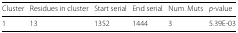
<table><thead><tr><td><b>Cluster</b></td><td><b>Residues in cluster</b></td><td><b>Start serial</b></td><td><b>End serial</b></td><td><b>Num. Muts</b></td><td><b><i>p</i>-value</b></td></tr></thead><tbody><tr><td>1</td><td>13</td><td>1352</td><td>1444</td><td>3</td><td>5.39E-03</td></tr></tbody></table>